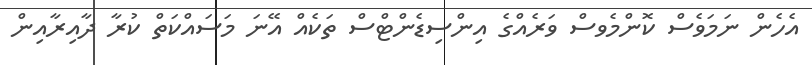
އެހެން ނަމަވެސް ކޮންމެވސް ވަރެއްގެ އިންސިޑެންޓްސް ތަކެއް އޭނަ މަސައްކަތް ކުރާ ދާއިރާއިން